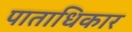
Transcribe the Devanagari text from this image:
पाताधिकार